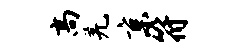
高羌京符